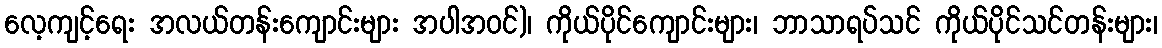
လေ့ကျင့်ရေး အလယ်တန်းကျောင်းများ အပါအဝင်)၊ ကိုယ်ပိုင်ကျောင်းများ၊ ဘာသာရပ်သင် ကိုယ်ပိုင်သင်တန်းများ၊